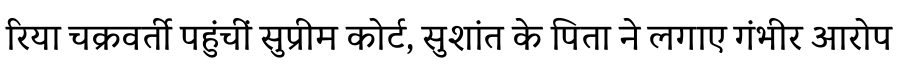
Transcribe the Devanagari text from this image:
रिया चक्रवर्ती पहुंचीं सुप्रीम कोर्ट, सुशांत के पिता ने लगाए गंभीर आरोप